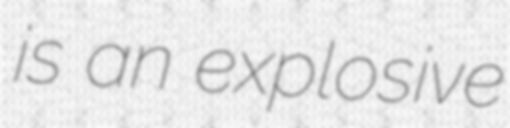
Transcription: is an explosive